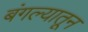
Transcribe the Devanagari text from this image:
बंगल्यातून